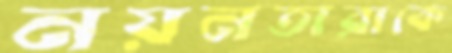
নয়নতারাকে